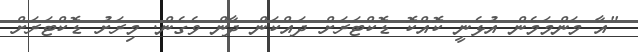
"އާ މަންމަމެން އުޅެނީ ކޮއްކޮ ޑޮކްޓަރަށް ދައްކަން ދާން ވެގެން. މިރަށު ޑޮކްޓަރަށް